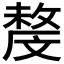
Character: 𣁟